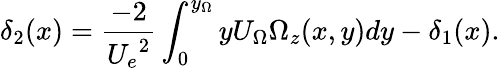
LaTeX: \delta_{2}(x)=\frac{-2}{{U_{e}}^{2}}\int_{0}^{y_{\Omega}}yU_{\Omega}\Omega_{z}(x,y)dy-\delta_{1}(x).